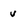
Character: v